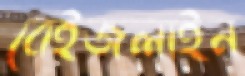
বেইজলাইন